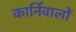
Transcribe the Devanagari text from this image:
कार्निवालों